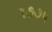
૧૭૭૫